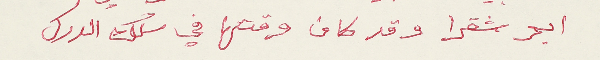
ابو شقرا وقد كان وقتها في سلك الدرك